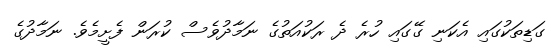
ގަޑިތަކުގައި އެކަނި ގޭގައި ހުރެ ދެ ރަކުއަތުގެ ނަމާާދުވެސް ކުރަން ފެށީމެވެ. ނަމާދުގެ